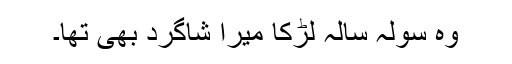
وہ سولہ سالہ لڑکا میرا شاگرد بھی تھا۔